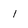
Character: I